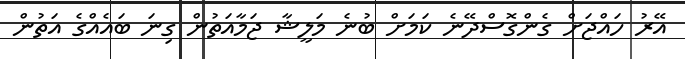
އޭރު ހައްޖަށް ގެންގޮސްދޭނެ ކަމަށް ބުނެ މަލީޝާ ޖަމާއަތުން ގިނަ ބައެއްގެ އަތުން